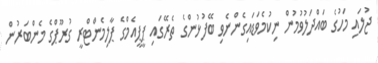
ޖުލައި މަހުގެ ބައްދަލުވުމުން ނިކުމެވަޑައިގެންނެވި ބޭފުޅުންގެ ތެރޭގައި ޕީޕީއެމްގެ ޕާލިމެންޓްރީ ގުރޫޕްގެ މެންބަރުން